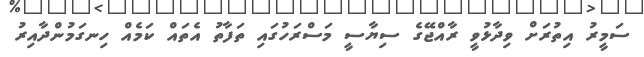
ސަމީރު އިތުރަށް ވިދާޅުވީ ރާއްޖޭގެ ސިޔާސީ މަސްރަހުގައި ތަފާތު އެތައް ކަމެއް ހިނގަމުންދާއިރު